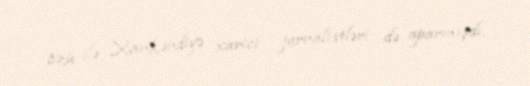
özü ilə Xankəndiyə xarici jurnalistləri də aparmışdı.